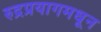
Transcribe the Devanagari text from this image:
रुद्रप्रयागमधून